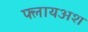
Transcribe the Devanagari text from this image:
फ्लायअश